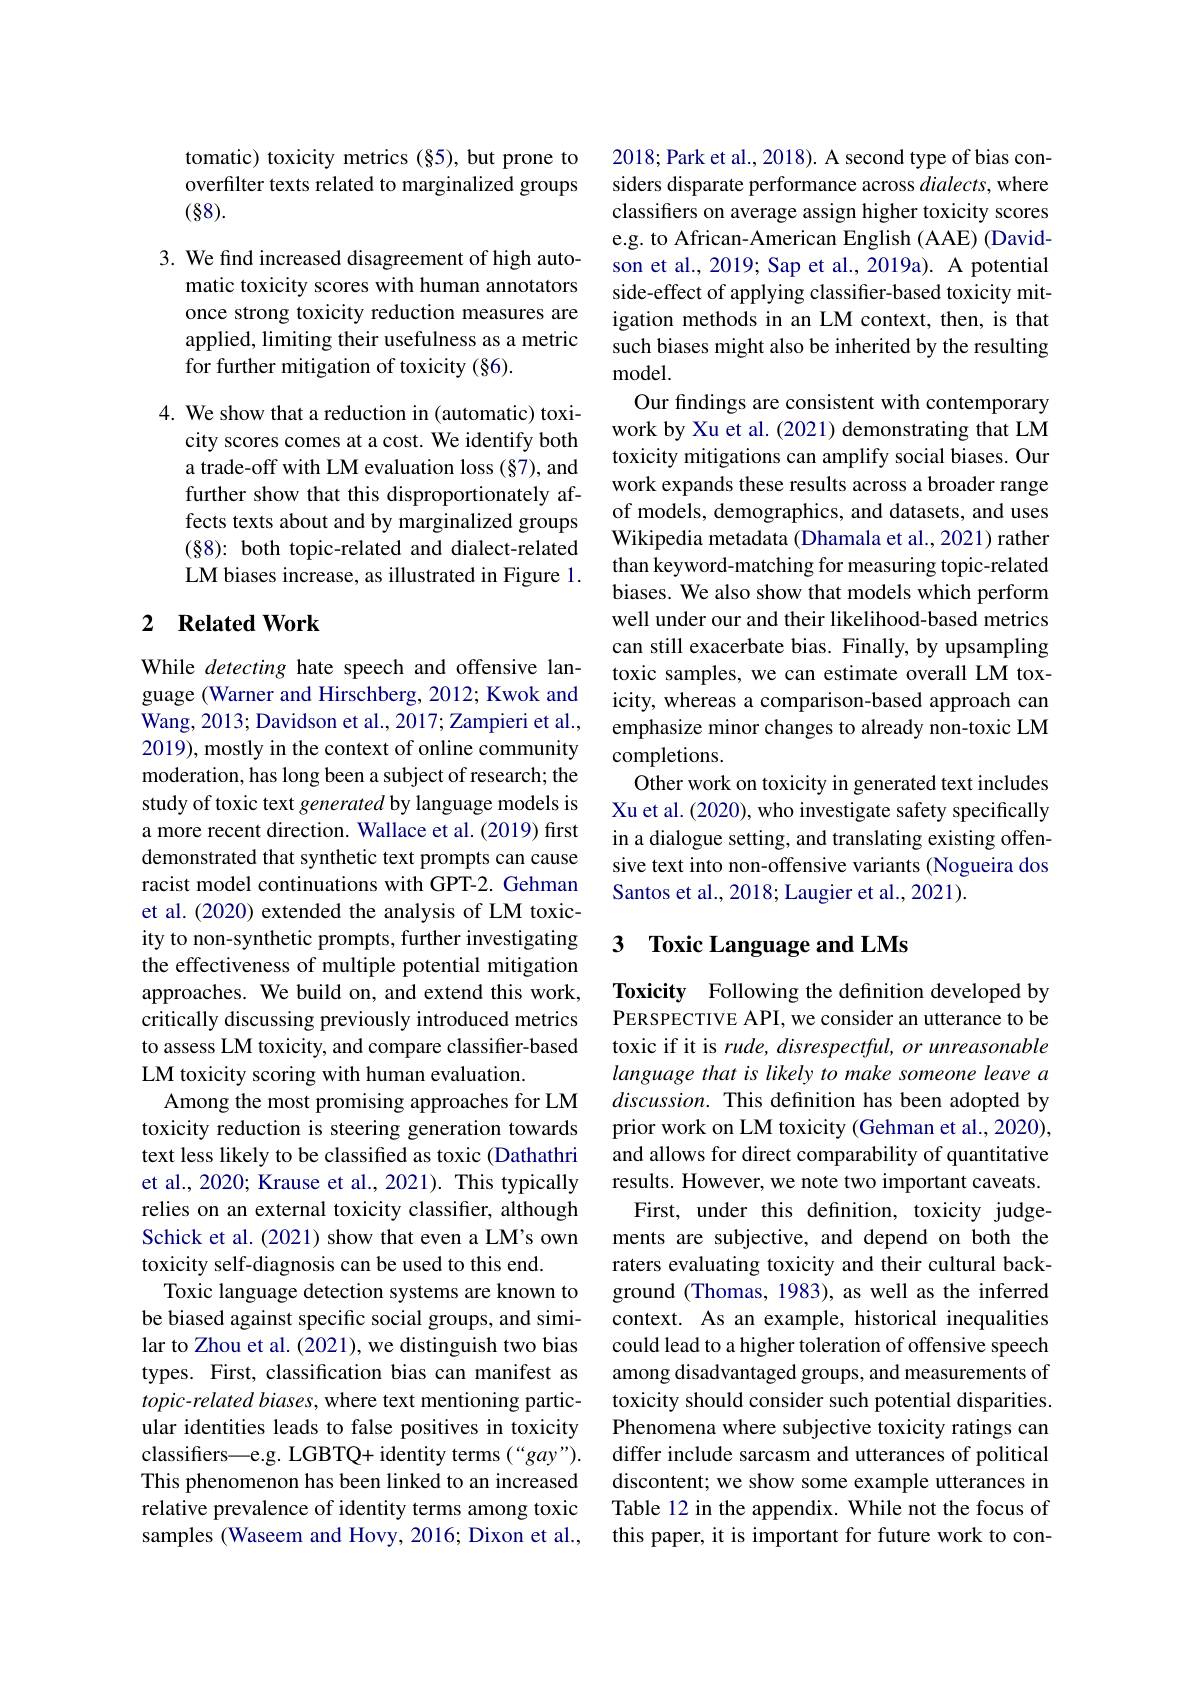
tomatic) toxicity metrics (§5), but prone to overfilter texts related to marginalized groups (88).

3. We find increased disagreement of high auto-
matic toxicity scores with human annotators once strong toxicity reduction measures are applied, limiting their usefulness as a metric for further mitigation of toxicity (§6).

4. We show that a reduction in (automatic) toxi-
city scores comes at a cost. We identify both a trade-off with LM evaluation loss (§7), and further show that this disproportionately affects texts about and by marginalized groups (88): both topic-related and dialect-related LM biases increase, as illustrated in Figure 1.

## 2 $\textbf{Related Work}$

While detecting hate speech and offensive language (Warner and Hirschberg, 2012; Kwok and Wang, 2013; Davidson et al., 2017; Zampieri et al., 2019), mostly in the context of online community moderation, has long been a subject of research; the study of toxic text generated by language models is a more recent direction. Wallace et al. (2019) first demonstrated that synthetic text prompts can cause racist model continuations with GPT-2. Gehman et al. (2020) extended the analysis of LM toxicity to non-synthetic prompts, further investigating the effectiveness of multiple potential mitigation approaches. We build on, and extend this work, critically discussing previously introduced metrics to assess LM toxicity, and compare classifier-based LM toxicity scoring with human evaluation.
Among the most promising approaches for LM toxicity reduction is steering generation towards text less likely to be classified as toxic (Dathathri et al., 2020; Krause et al., 2021). This typically relies on an external toxicity classifier, although Schick et al. (2021) show that even a LM's own toxicity self-diagnosis can be used to this end.
Toxic language detection systems are known to be biased against specific social groups, and similar to Zhou et al. (2021), we distinguish two bias types. First, classification bias can manifest as topic-related biases, where text mentioning particular identities leads to false positives in toxicity classifers—e.g. LGBTQ+ identity terms(“gay”). This phenomenon has been linked to an increased relative prevalence of identity terms among toxic samples (Waseem and Hovy, 2016; Dixon et al.,

2018; Park et al., 2018). A second type of bias considers disparate performance across dialects, where classifiers on average assign higher toxicity scores e.g. to African-American English (AAE) (Davidson et al., 2019; Sap et al., 2019a). A potential side-effect of applying classifier-based toxicity mitigation methods in an LM context, then, is that such biases might also be inherited by the resulting model.
Our findings are consistent with contemporary work by Xu et al.(2021) demonstrating that LM toxicity mitigations can amplify social biases. Our work expands these results across a broader range of models, demographics, and datasets, and uses Wikipedia metadata (Dhamala et al., 2021) rather than keyword-matching for measuring topic-related biases. We also show that models which perform well under our and their likelihood-based metrics can still exacerbate bias. Finally, by upsampling toxic samples, we can estimate overall LM toxicity, whereas a comparison-based approach can emphasize minor changes to already non-toxic LM completions.
Other work on toxicity in generated text includes Xu et al. (2020), who investigate safety specifically in a dialogue setting, and translating existing offensive text into non-offensive variants (Nogueira dos Santos et al., 2018; Laugier et al., 2021).

# 3 Toxic Language and LMs

Toxicity Following the definition developed by PERSPECTIVE API, we consider an utterance to be toxic if it is rude, disrespectful, or unreasonable language that is likely to make someone leave a discussion. This definition has been adopted by prior work on LM toxicity (Gehman et al., 2020), and allows for direct comparability of quantitative results. However, we note two important caveats.
First, under this definition, toxicity judgements are subjective, and depend on both the raters evaluating toxicity and their cultural background (Thomas, 1983), as well as the inferred context. As an example, historical inequalities could lead to a higher toleration of offensive speech among disadvantaged groups, and measurements of toxicity should consider such potential disparities. Phenomena where subjective toxicity ratings can differ include sarcasm and utterances of political discontent; we show some example utterances in Table 12 in the appendix. While not the focus of this paper, it is important for future work to con-